Enquiry on enteric fever in India - Number 32
Disease focus: Fever
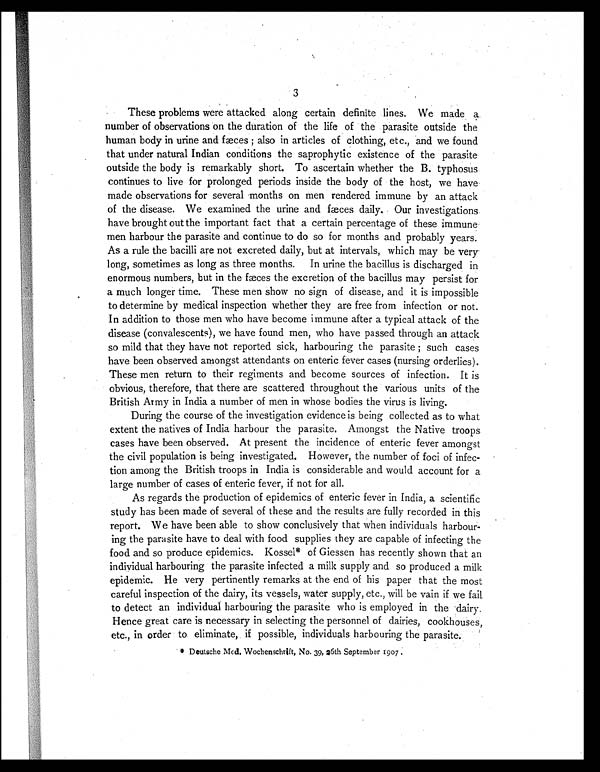
3
These problems were attacked along certain definite lines. We made a
number of observations on the duration of the life of the parasite outside the
human body in urine and fæces ; also in articles of clothing, etc., and we found
that under natural Indian conditions the saprophytic existence of the parasite
outside the body is remarkably short. To ascertain whether the B. typhosus
continues to live for prolonged periods inside the body of the host, we have
made observations for several months on men rendered immune by an attack
of the disease. We examined the urine and f ae ces daily. Our investigations.
have brought out the important fact that a certain percentage of these immune
men harbour the parasite and continue to do so for months and probably years.
As a rule the bacilli are not excreted daily, but at intervals, which may be very
long, sometimes as long as three months. In urine the bacillus is discharged in
enormous numbers, but in the fæces the excretion of the bacillus may persist for
a much longer time. These men show no sign of disease, and it is impossible
to determine by medical inspection whether they are free from infection or not.
In addition to those men who have become immune after a typical attack of the
disease (convalescents), we have found men, who have passed through an attack
so mild that they have not reported sick, harbouring the parasite such cases
have been observed amongst attendants on enteric fever cases (nursing orderlies).
These men return to their regiments and become sources of infection. It is
obvious, therefore, that there are scattered throughout the various units of the
British Army in India a number of men in whose bodies the virus is living.
During the course of the investigation evidence is being collected as to what
extent the natives of India harbour the parasite. Amongst the Native troops
cases have been observed. At present the incidence of enteric fever amongst
the civil population is being investigated. However, the number of foci of infec-
tion among the British troops in India is considerable and would account for a
large number of cases of enteric fever, if not for all.
As regards the production of epidemics of enteric fever in India, a scientific
study has been made of several of these and the results are fully recorded in this
report. We have been able to show conclusively that when individuals harbour-
ing the parasite have to deal with food supplies they are capable of infecting the
food and so produce epidemics. Kossel* of Giessen has recently shown that an
individual harbouring the parasite infected a milk supply and so produced a milk
epidemic. He very pertinently remarks at the end of his paper that the most
careful inspection of the dairy, its vessels, water supply, etc., will be vain if we fail
to detect an individual harbouring the parasite who is employed in the dairy.
Hence great care is necessary in selecting the personnel of dairies, cookhouses,
etc., in order to eliminate, if possible, individuals harbouring the parasite.
* Deutsche Med. Wochenschrift, No. 39, 36th September 1907 .